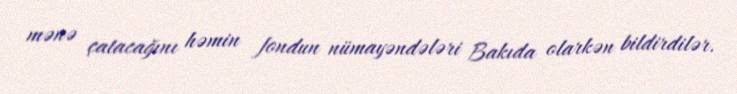
mənə çatacağını həmin fondun nümayəndələri Bakıda olarkən bildirdilər.